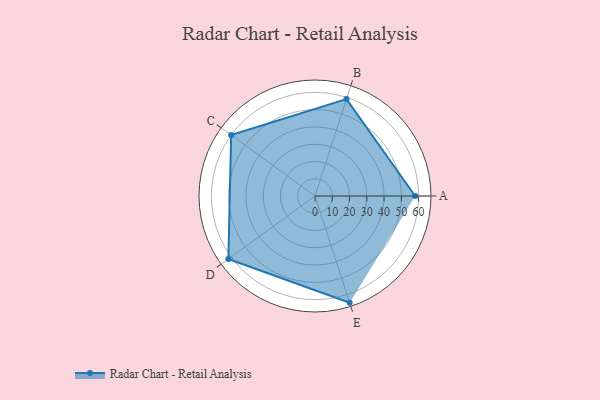
{"axis": {"x": "Skill", "y": "Score"}, "legend": ["Profile"], "data": [{"x": "A", "y": 58.0, "type": "Profile"}, {"x": "B", "y": 59.0, "type": "Profile"}, {"x": "C", "y": 60.0, "type": "Profile"}, {"x": "D", "y": 62.0, "type": "Profile"}, {"x": "E", "y": 65.0, "type": "Profile"}]}